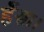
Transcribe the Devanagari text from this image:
हँसा।